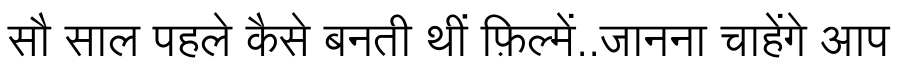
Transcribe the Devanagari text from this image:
सौ साल पहले कैसे बनती थीं फ़िल्में..जानना चाहेंगे आप